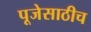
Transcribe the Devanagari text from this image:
पूजेसाठीच